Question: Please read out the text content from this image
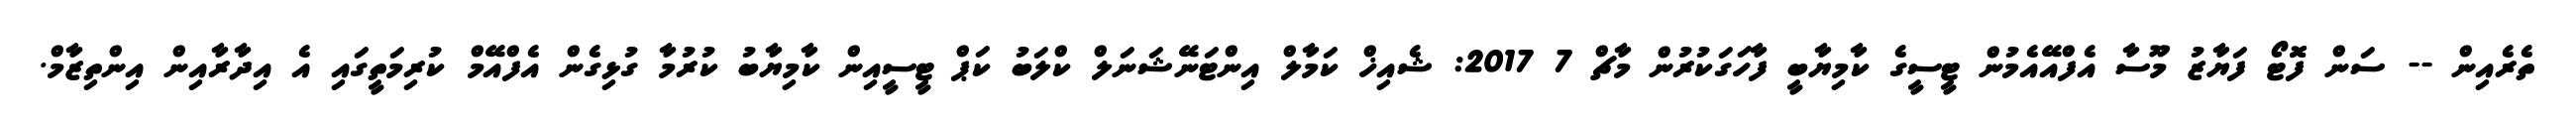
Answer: ތެރެއިން -- ސަން ފޮޓޯ ފަޔާޒު މޫސާ އެފްއޭއެމުން ޓީސީގެ ކާމިޔާބީ ފާހަގަކުރުން މާޗް 7 2017: ޝެއިޚް ކަމާލް އިންޓަނޭޝަނަލް ކްލަބު ކަޕް ޓީސީއިން ކާމިޔާބު ކުރުމާ ގުޅިގެން އެފްއޭމް ކުރިމަތީގައި އެ އިދާރާއިން އިންތިޒާމް.